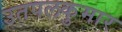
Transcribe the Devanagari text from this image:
उतपलकुमार